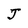
Character: J